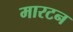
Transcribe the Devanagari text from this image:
मारटन